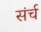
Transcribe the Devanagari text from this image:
संर्च